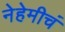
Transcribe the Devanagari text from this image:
नेहेमीचं